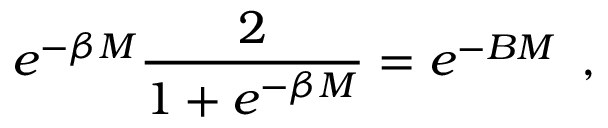
e ^ { - \beta M } \frac { 2 } { 1 + e ^ { - \beta M } } = e ^ { - B M } \, \, \, ,